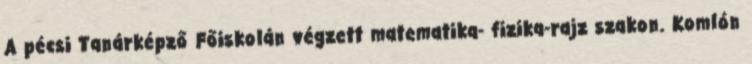
A pécsi Tanárképző Főiskolán végzett matematika- fizika-rajz szakon. Komlón